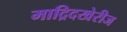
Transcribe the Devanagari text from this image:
माद्रिदखेरीज